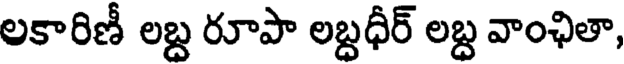
లకారిణీ లబ్ద రూపా లబ్దధీర్ లబ్ద వాంఛితా,